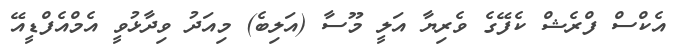
އެކްސް ފްރެޝް ކެފޭގެ ވެރިޔާ އަލީ މޫސާ (އަލިބެ) މިއަދު ވިދާޅުވީ އެމްއެފްޑީއޭ